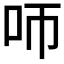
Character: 𠯗